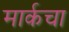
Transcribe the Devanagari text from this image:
मार्कचा